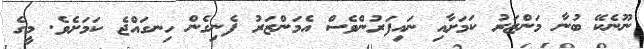
ނޫނެކޭ ބުނާ މަންޒަރު ކަމަށާއި ނައިފަރުންވެސް އެމަންޒަރު ފެނިގެން ހިނގައްޖެެ ކަމަށެވެ. މީގެ